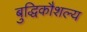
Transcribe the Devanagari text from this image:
बुद्धिकौशल्य